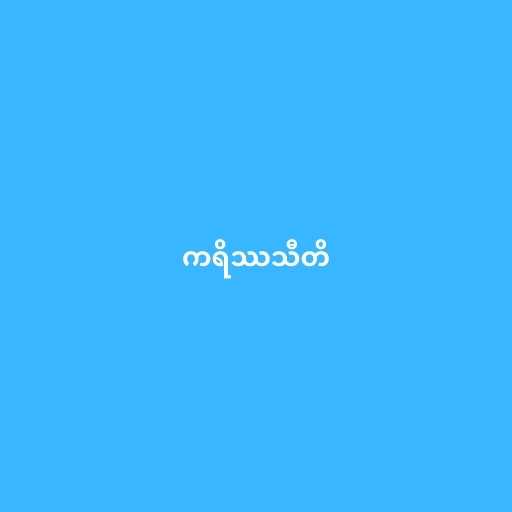
ကရိဿသီတိ